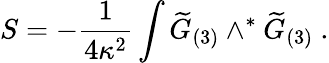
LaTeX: S=-{\frac{1}{4\kappa^{2}}}\int{\widetilde G}_{(3)}\wedge^{*}{\widetilde G}_{(3)}\ .